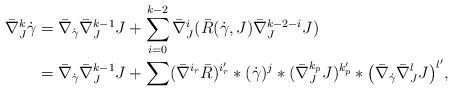
LaTeX: \begin{align*}\bar\nabla_{J}^k \dot\gamma &= \bar\nabla_{\dot\gamma} \bar\nabla^{k-1}_{J} J +\sum_{i=0}^{k-2} \bar\nabla_J^ i (\bar R (\dot\gamma, J) \bar\nabla_{J}^{k-2-i} J)\\&= \bar\nabla_{\dot\gamma} \bar\nabla^{k-1}_{J} J + \sum (\bar\nabla^{i_r} \bar R)^{i_r'} * (\dot\gamma)^j * (\bar \nabla_{J}^{k_p} J)^{k_p'} * \big(\bar\nabla_{\dot\gamma} \bar\nabla _{J}^{l} {J}\big)^{l'},\end{align*}